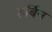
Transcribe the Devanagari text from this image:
हर्बिन